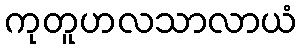
ကုတူဟလသာလာယံ